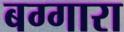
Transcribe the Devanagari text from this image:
बग्गारा